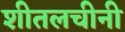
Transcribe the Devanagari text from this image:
शीतलचीनी